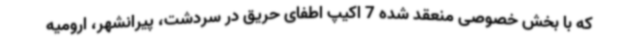
که با بخش خصوصی منعقد شده 7 اکیپ اطفای حریق در سردشت، پیرانشهر، ارومیه